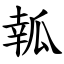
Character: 瓡